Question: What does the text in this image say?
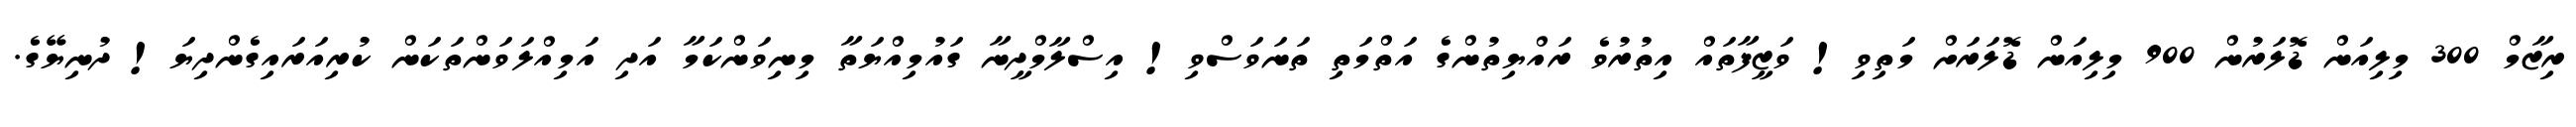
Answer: ރިޒާމް 300 މިލިއަން ޑޮލަރުން 900 މިލިއަން ޑޮލަރަށް މަތިވި! ވަޒީފާތައް އިތުރުވެ ރައްޔިތުންގެ އަތްމަތި ތަނަވަސްވި! އިސްލާމްދީނާ ގައުމިއްޔަތާ މިނިވަންކަމާ އަދި އަމިއްލަވަންތަކަން ކުރިއަރައިގެންދިޔަ! ދުނިޔޭގެ.